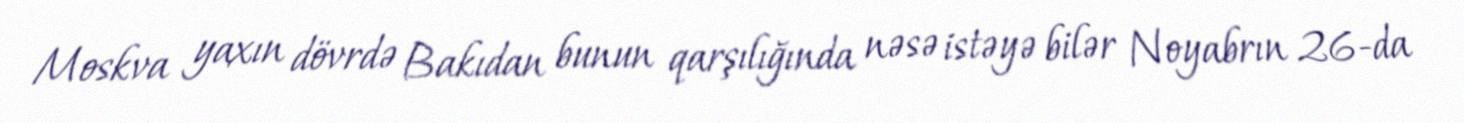
Moskva yaxın dövrdə Bakıdan bunun qarşılığında nəsə istəyə bilər Noyabrın 26-da